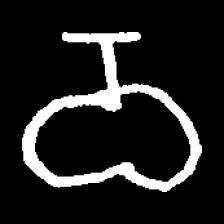
Pyu character \u2014 Myanmar letter: ဝ (romanized: wa)